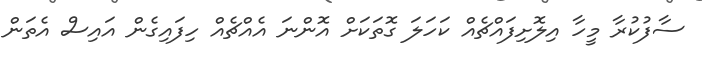
ސާފުކުރާ މީހާ އިލޮށިފައްޗެއް ކަހަލަ ގޮތަކަށް އޮންނަ އެއްޗެއް ހިފައިގެން އައިސް އެތަން